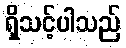
ရှိသင့်ပါသည်